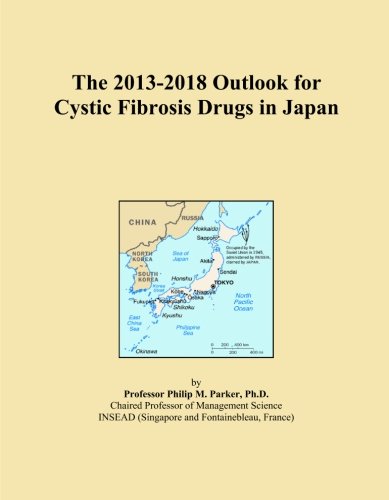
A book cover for The 2013-2018 Outlook for Cystic Fibrosis Drugs in Japan; Icon Group International; Health, Fitness & Dieting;